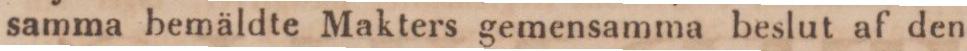
samma bemäldte Makters gemensamma beslut af den